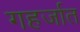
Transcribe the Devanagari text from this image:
गहर्जात